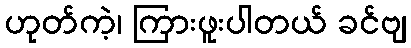
ဟုတ်ကဲ့၊ ကြားဖူးပါတယ် ခင်ဗျ